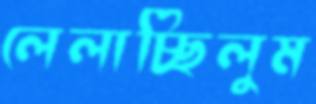
লেলাচ্ছিলুম